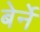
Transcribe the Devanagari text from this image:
बेर्ने